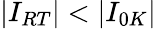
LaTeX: \left\vert I_{RT}\right\vert<\left\vert I_{0K}\right\vert